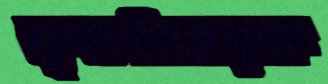
বৃক্ষবিষয়ক